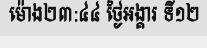
ម៉ោង២៣:៤៤ ថ្ងៃអង្គារ ទី១២